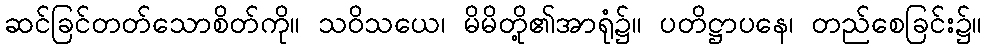
ဆင်ခြင်တတ်သောစိတ်ကို။ သဝိသယေ၊ မိမိတို့၏အာရုံ၌။ ပတိဋ္ဌာပနေ၊ တည်စေခြင်း၌။